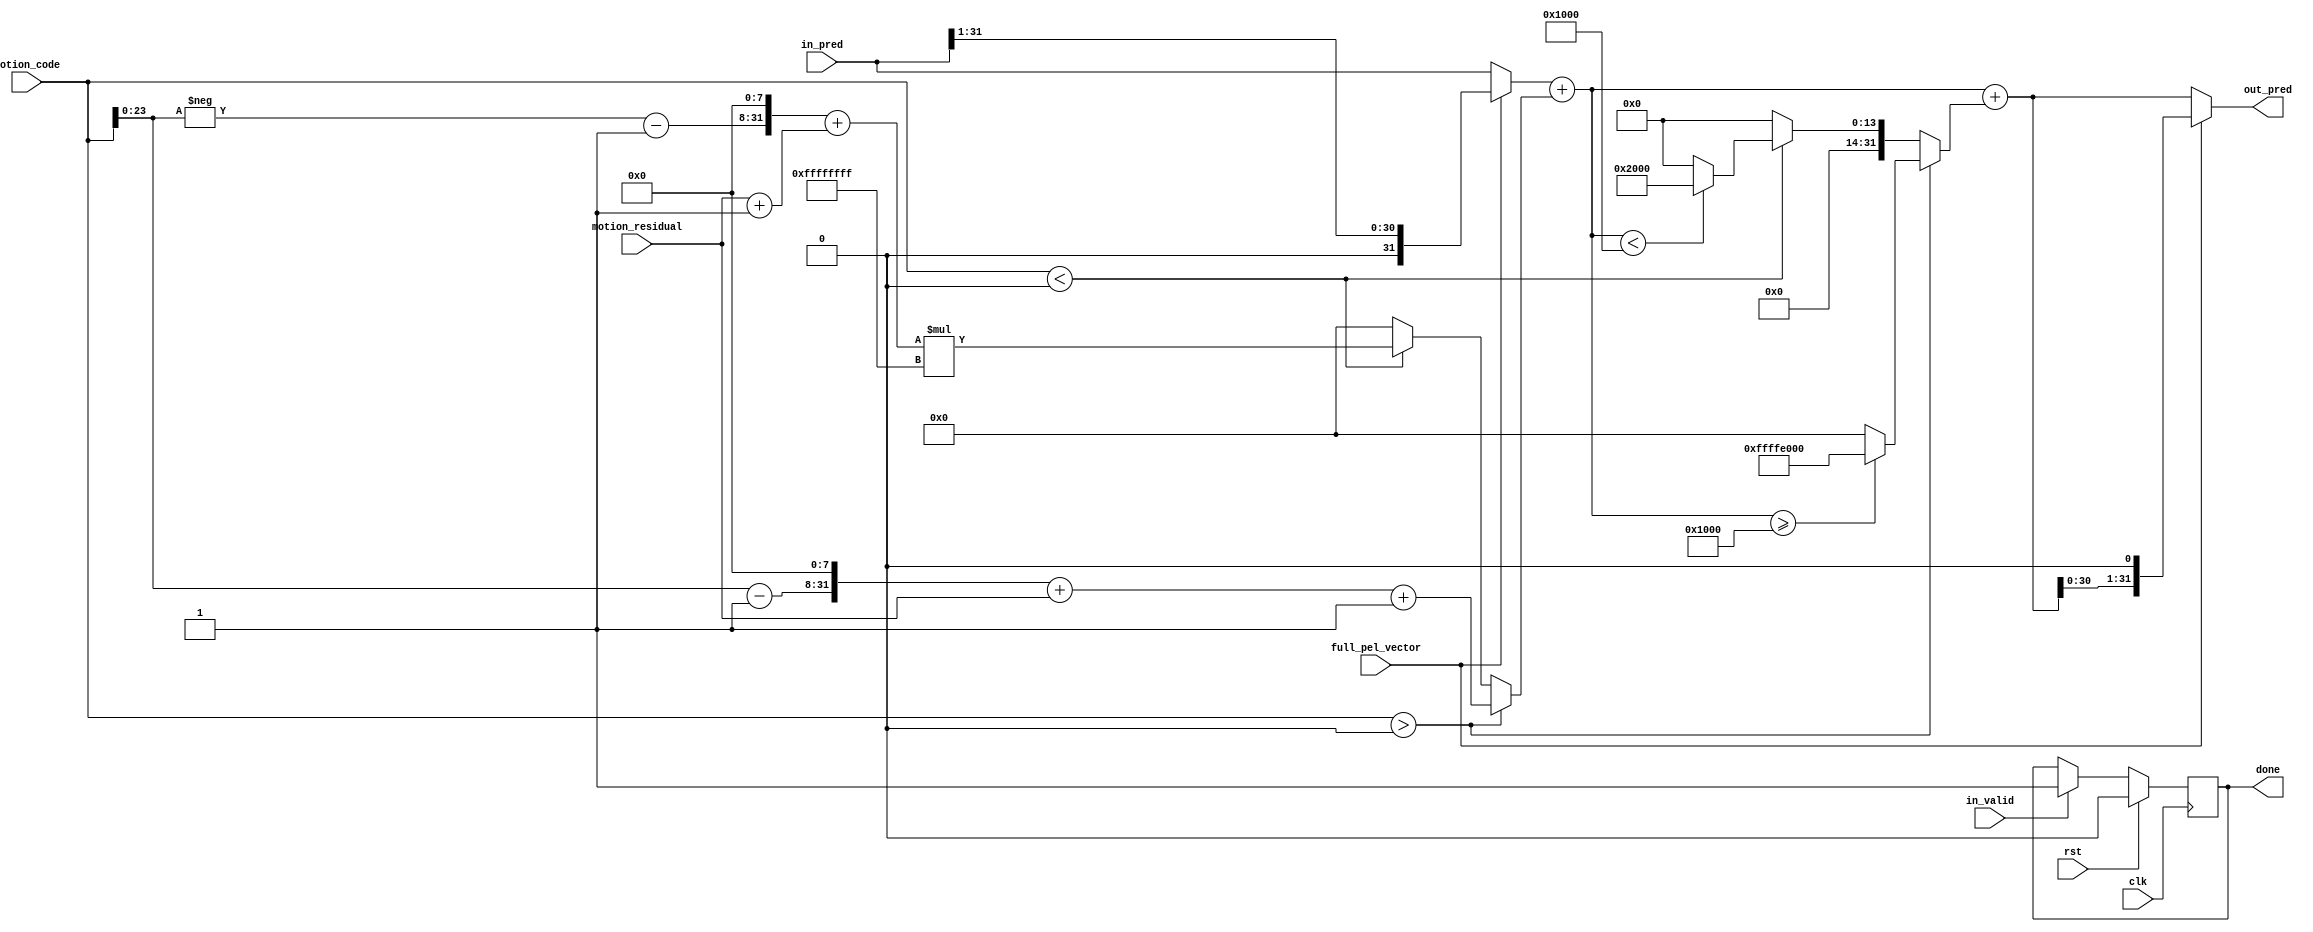
module decode_motion_vector#(
  parameter R_SIZE = 200
)(
  clk,
  rst,
  in_pred,
  motion_code, 
  motion_residual, 
  in_valid,
  full_pel_vector,
  out_pred,
  done
);
  input wire clk;
  input wire rst;
  input wire [31:0] in_pred;
  input wire signed [31:0] motion_code;
  input wire [31:0] motion_residual;
  input wire in_valid;
  input wire full_pel_vector;
  
  output wire [31:0] out_pred;
  output reg done;

  wire[4:0] r_size;
  wire signed [31:0] lim;
  wire signed [31:0] vec1, vec2, vec3;
  wire signed [31:0] vec;




  always @(posedge clk) begin
    if (rst) begin
      done <= 1'b0;
    end
    else if (in_valid) begin
      // After one clock cycle, pred should be valid
      done <= 1'b1;
      //$display("lim: %d, vec: %d", lim, vec);
      $display("in_pred: %d, motion_code: %d, motion_residual: %d, out_pred: %d", in_pred, motion_code, motion_residual, out_pred);

    end


  end

  assign r_size = (R_SIZE % 32);
  assign lim = (16 << r_size);
  assign vec1 = (full_pel_vector) ? (in_pred >> 1) : (in_pred);

  assign vec2 = (motion_code > 0) ? 
                (((motion_code - 1) << r_size) + motion_residual + 1) :
                (motion_code < 0 ? 
                ((((-motion_code - 1) << r_size) + (motion_residual + 1)) * -1) :
                 0);


  assign vec3 = (motion_code > 0) ? (((vec1 + vec2) >= lim) ? ((lim + lim) * -1) : 0) :
                (motion_code < 0 ? (((vec1 + vec2) < -lim) ? (lim + lim) : 0) : 0);

  assign vec = vec1 + vec2 + vec3;

  assign out_pred = full_pel_vector ? (vec << 1) : vec;

endmodule // decode_motion_vector

/*
reg rst;
integer in_pred;
integer motion_code;
integer motion_residual;
reg in_valid;
reg full_pel_vector;

reg [31:0] out_pred;
reg done;
integer ctr = 0;


initial begin
  in_pred = 32'd45;
  motion_code = 6;
  motion_residual = 240;
  full_pel_vector = 0;
  in_valid = 1;
end


always @(posedge clock.val) begin
  ctr <= ctr + 1;
  $display("out_pred: %d", out_pred);

  if (done) $display("done: out_pred: %d", out_pred);
  
  if (ctr == 5) $finish;

end

decode_motion_vector dmv(clock.val, rst, in_pred, motion_code, motion_residual, 
                         in_valid, full_pel_vector, out_pred, done);


*/